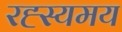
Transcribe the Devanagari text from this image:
रह्स्यमय